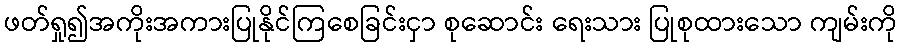
ဖတ်ရှု၍အကိုးအကားပြုနိုင်ကြစေခြင်းငှာ စုဆောင်း ရေးသား ပြုစုထားသော ကျမ်းကို